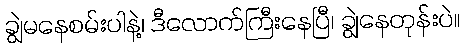
ချွဲမနေစမ်းပါနဲ့၊ ဒီလောက်ကြီးနေပြီ၊ ချွဲနေတုန်းပဲ။